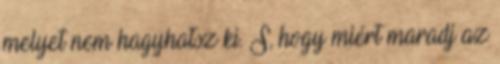
melyet nem hagyhatsz ki. S, hogy miért maradj az